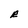
Character: R